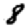
Digit: 8